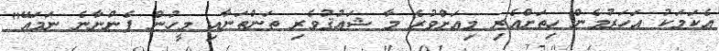
އެކަމަކު އަހަރުމެން ހިތަށްއެރި މިއަށްވުރެ މާ ޝަޢުޤުވެރި ތަންތަނާއި މީހުން ފެންނާނެ ނަމައޭ"